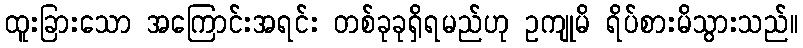
ထူးခြားသော အကြောင်းအရင်း တစ်ခုခုရှိရမည်ဟု ဥကျုမိ ရိပ်စားမိသွားသည်။